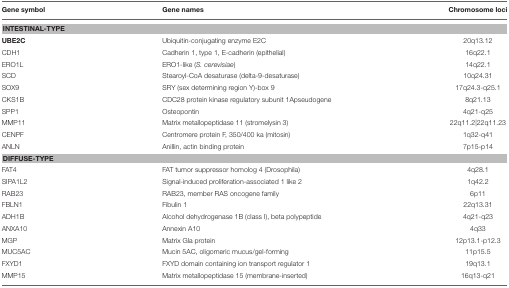
<table><thead><tr><td><b>Gene symbol</b></td><td><b>Gene names</b></td><td><b>Chromosome loci</b></td></tr></thead><tbody><tr><td colspan="3"><b>INTESTINAL-TYPE</b></td></tr><tr><td><b>UBE2C</b></td><td>Ubiquitin-conjugating enzyme E2C</td><td>20q13.12</td></tr><tr><td>CDH1</td><td>Cadherin 1, type 1, E-cadherin (epithelial)</td><td>16q22.1</td></tr><tr><td>ERO1L</td><td>ERO1-like (<i>S. cerevisiae</i>)</td><td>14q22.1</td></tr><tr><td>SCD</td><td>Stearoyl-CoA desaturase (delta-9-desaturase)</td><td>10q24.31</td></tr><tr><td>SOX9</td><td>SRY (sex determining region Y)-box 9</td><td>17q24.3-q25.1</td></tr><tr><td>CKS1B</td><td>CDC28 protein kinase regulatory subunit 1Apseudogene</td><td>8q21.13</td></tr><tr><td>SPP1</td><td>Osteopontin</td><td>4q21-q25</td></tr><tr><td>MMP11</td><td>Matrix metallopeptidase 11 (stromelysin 3)</td><td>22q11.2|22q11.23</td></tr><tr><td>CENPF</td><td>Centromere protein F, 350/400 ka (mitosin)</td><td>1q32-q41</td></tr><tr><td>ANLN</td><td>Anillin, actin binding protein</td><td>7p15-p14</td></tr><tr><td colspan="3"><b>DIFFUSE-TYPE</b></td></tr><tr><td>FAT4</td><td>FAT tumor suppressor homolog 4 (Drosophila)</td><td>4q28.1</td></tr><tr><td>SIPA1L2</td><td>Signal-induced proliferation-associated 1 like 2</td><td>1q42.2</td></tr><tr><td>RAB23</td><td>RAB23, member RAS oncogene family</td><td>6p11</td></tr><tr><td>FBLN1</td><td>Fibulin 1</td><td>22q13.31</td></tr><tr><td>ADH1B</td><td>Alcohol dehydrogenase 1B (class I), beta polypeptide</td><td>4q21-q23</td></tr><tr><td>ANXA10</td><td>Annexin A10</td><td>4q33</td></tr><tr><td>MGP</td><td>Matrix Gla protein</td><td>12p13.1-p12.3</td></tr><tr><td>MUC5AC</td><td>Mucin 5AC, oligomeric mucus/gel-forming</td><td>11p15.5</td></tr><tr><td>FXYD1</td><td>FXYD domain containing ion transport regulator 1</td><td>19q13.1</td></tr><tr><td>MMP15</td><td>Matrix metallopeptidase 15 (membrane-inserted)</td><td>16q13-q21</td></tr></tbody></table>